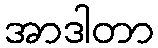
အာဒါတာ